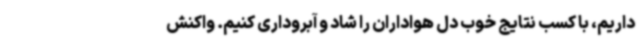
داریم، با کسب نتایج خوب دل هواداران را شاد و آبروداری کنیم. واکنش